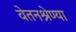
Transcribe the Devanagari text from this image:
वेतनश्रेण्या